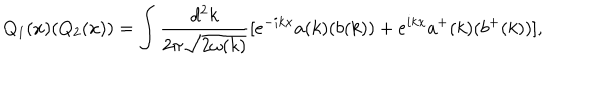
Q _ { 1 } ( x ) ( Q _ { 2 } ( x ) ) = \int { \frac { d ^ { 2 } k } { 2 \pi { \sqrt { 2 \omega ( k ) } } } } [ e ^ { - i k x } a ( k ) ( b ( k ) ) + e ^ { i k x } a ^ { + } ( k ) ( b ^ { + } ( k ) ) ] ,